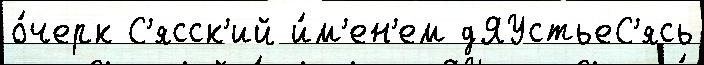
о́черк С'ясск'ий и́м'ен'ем дЯУстьеС'ясь